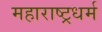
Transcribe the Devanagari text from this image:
महाराष्ट्रधर्म